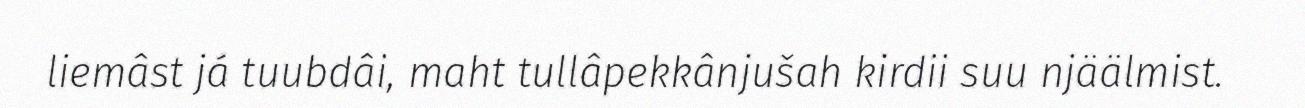
liemâst já tuubdâi, maht tullâpekkânjušah kirdii suu njäälmist.